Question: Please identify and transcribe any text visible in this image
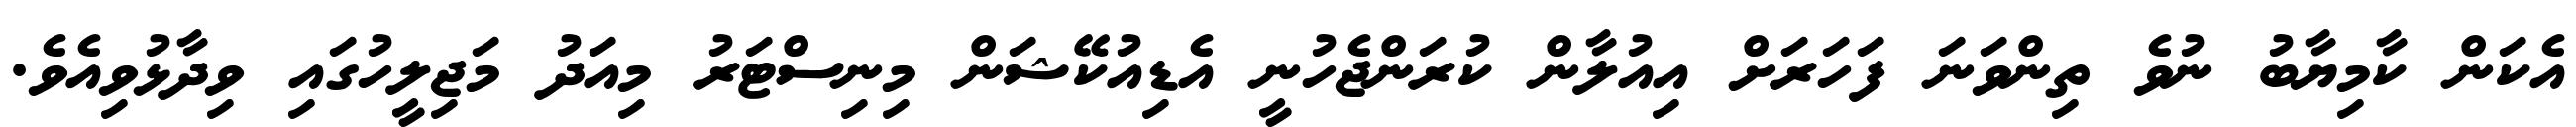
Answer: އެކަން ކާމިޔާބު ނުވެ ތިންވަނަ ފަހަރަށް އިއުލާން ކުރަންޖެހުނީ އެޑިއުކޭޝަން މިނިސްޓަރު މިއަދު މަޖިލީހުގައި ވިދާޅުވިއެވެ.